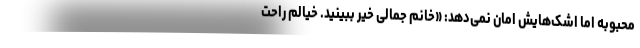
محبوبه اما اشک‌هایش امان نمی‌دهد: «خانم جمالی خیر ببینید. خیالم راحت